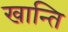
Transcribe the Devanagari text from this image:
खान्ति